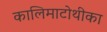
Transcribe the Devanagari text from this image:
कालिमाटोथीका